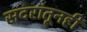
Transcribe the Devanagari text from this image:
सदरांतूनही